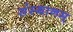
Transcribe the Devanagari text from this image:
संस्थानम्